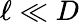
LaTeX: \ell\ll D